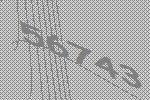
56743